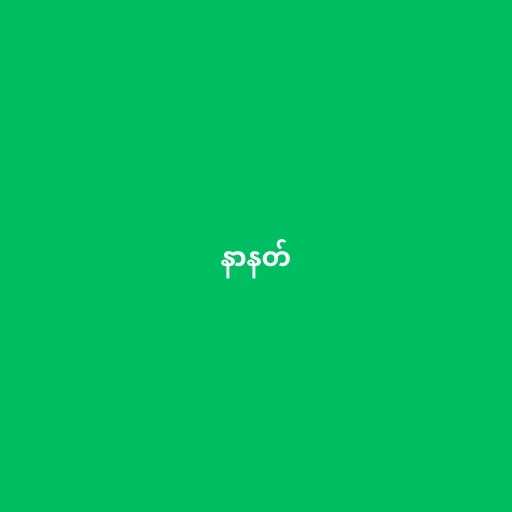
နာနတ်